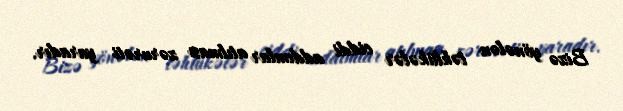
Bizə yönələn təhlükələr ciddi addımlar atılması zərurəti yaradır.